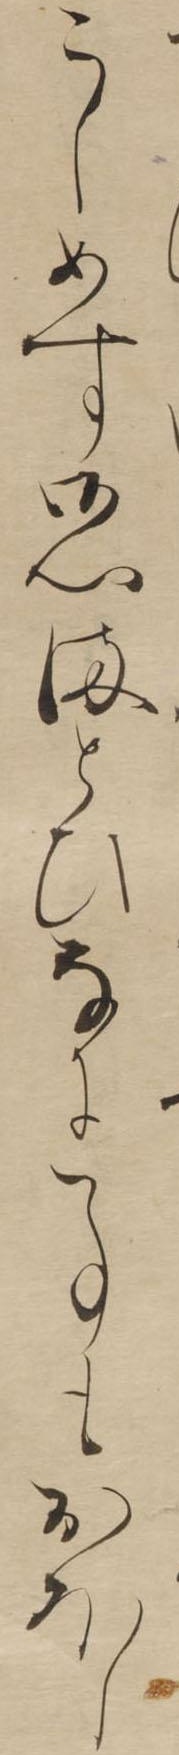
こしめす御心まとひなに事もおほし